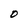
Character: D